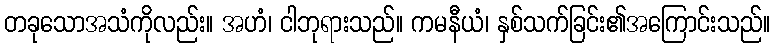
တခုသောအသံကိုလည်း။ အဟံ၊ ငါဘုရားသည်။ ကမနီယံ၊ နှစ်သက်ခြင်း၏အကြောင်းသည်။